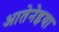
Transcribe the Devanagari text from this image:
आतेनेइया